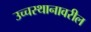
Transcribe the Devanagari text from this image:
उच्चस्थानावरील